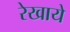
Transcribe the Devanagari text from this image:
रेखाये